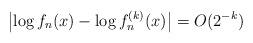
\begin{align*}\left| \log f_n(x) - \log f_n^{(k)}(x) \right| = O(2^{-k})\end{align*}